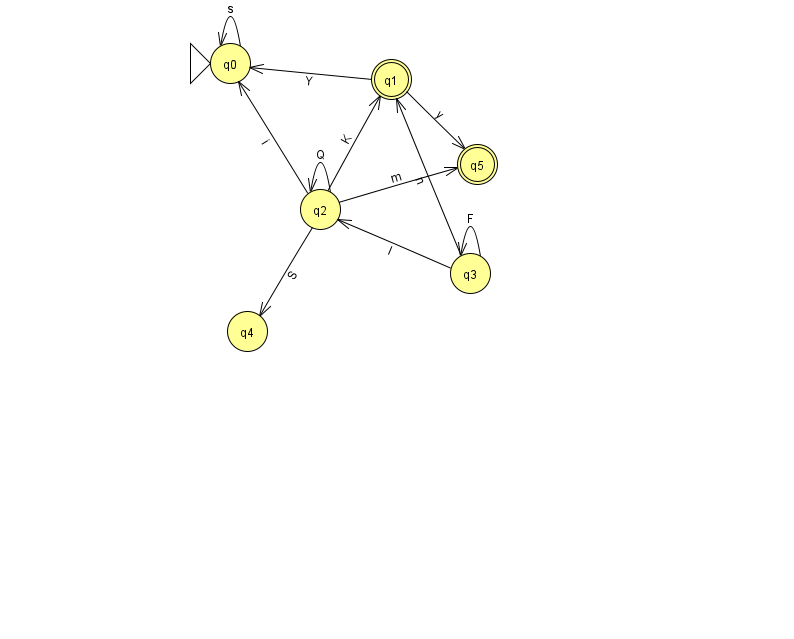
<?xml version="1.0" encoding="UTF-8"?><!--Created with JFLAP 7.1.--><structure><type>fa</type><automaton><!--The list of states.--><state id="0" name="q0"><x>230.0</x><y>50.0</y><initial/></state><state id="1" name="q1"><x>391.0</x><y>66.0</y><final/></state><state id="2" name="q2"><x>320.0</x><y>196.0</y></state><state id="3" name="q3"><x>470.0</x><y>260.0</y></state><state id="4" name="q4"><x>247.0</x><y>318.0</y></state><state id="5" name="q5"><x>477.0</x><y>151.0</y><final/></state><!--The list of transitions.--><transition><from>1</from><to>0</to><read>Y</read></transition><transition><from>2</from><to>1</to><read>K</read></transition><transition><from>3</from><to>1</to><read>n</read></transition><transition><from>2</from><to>2</to><read>Q</read></transition><transition><from>0</from><to>0</to><read>s</read></transition><transition><from>2</from><to>4</to><read>S</read></transition><transition><from>1</from><to>5</to><read>y</read></transition><transition><from>3</from><to>3</to><read>F</read></transition><transition><from>2</from><to>0</to><read>i</read></transition><transition><from>2</from><to>5</to><read>m</read></transition><transition><from>3</from><to>2</to><read>I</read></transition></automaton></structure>